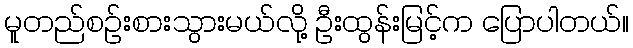
မူတည်စဉ်းစားသွားမယ်လို့ ဦးထွန်းမြင့်က ပြောပါတယ်။